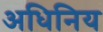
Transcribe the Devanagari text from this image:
अधिनिय